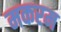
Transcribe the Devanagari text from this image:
मकरम